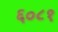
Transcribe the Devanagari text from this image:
६०८१